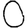
Digit: 0